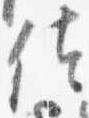
佐